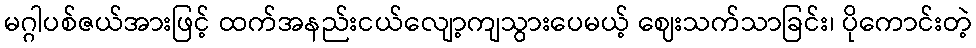
မဂ္ဂါပစ်ဇယ်အားဖြင့် ထက်အနည်းငယ်လျော့ကျသွားပေမယ့် ဈေးသက်သာခြင်း၊ ပိုကောင်းတဲ့